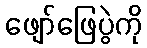
ဖျော်ဖြေပွဲကို